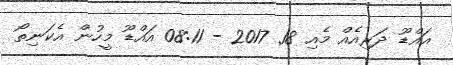
އައްޑޫ ދަރިއެއް މެއި 18